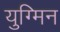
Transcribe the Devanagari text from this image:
युग्मिन